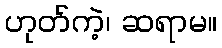
ဟုတ်ကဲ့၊ ဆရာမ။